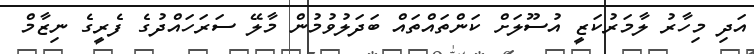
އަދި މިހާރު ލާމަރުކަޒީ އުސޫލަށް ކަންތައްތައް ބަދަލުވުމުން މާލޭ ސަރަހައްދުގެ ފެރީގެ ނިޒާމް